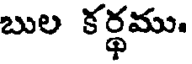
బుల కర్థము.